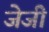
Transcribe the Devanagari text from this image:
जेजी